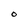
Character: O